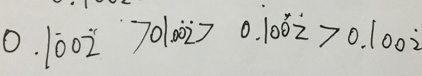
0 . 1 \dot { 0 } 0 \dot { 2 } > 0 1 . 0 \dot { 0 } \dot { 2 } > 0 . 1 0 \dot { 0 } \dot { 2 } > 0 . 1 0 0 \dot { 2 }